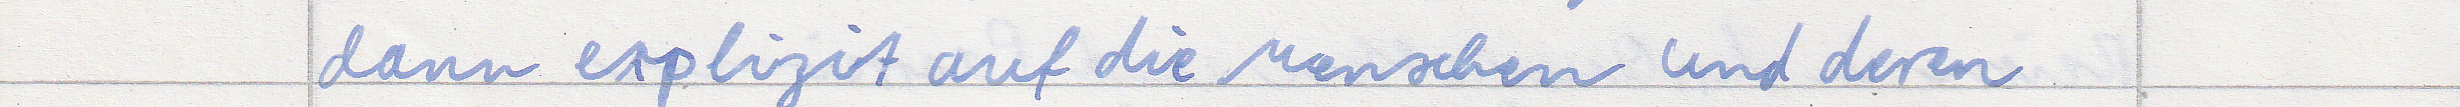
dann explizit auf die Menschen und deren